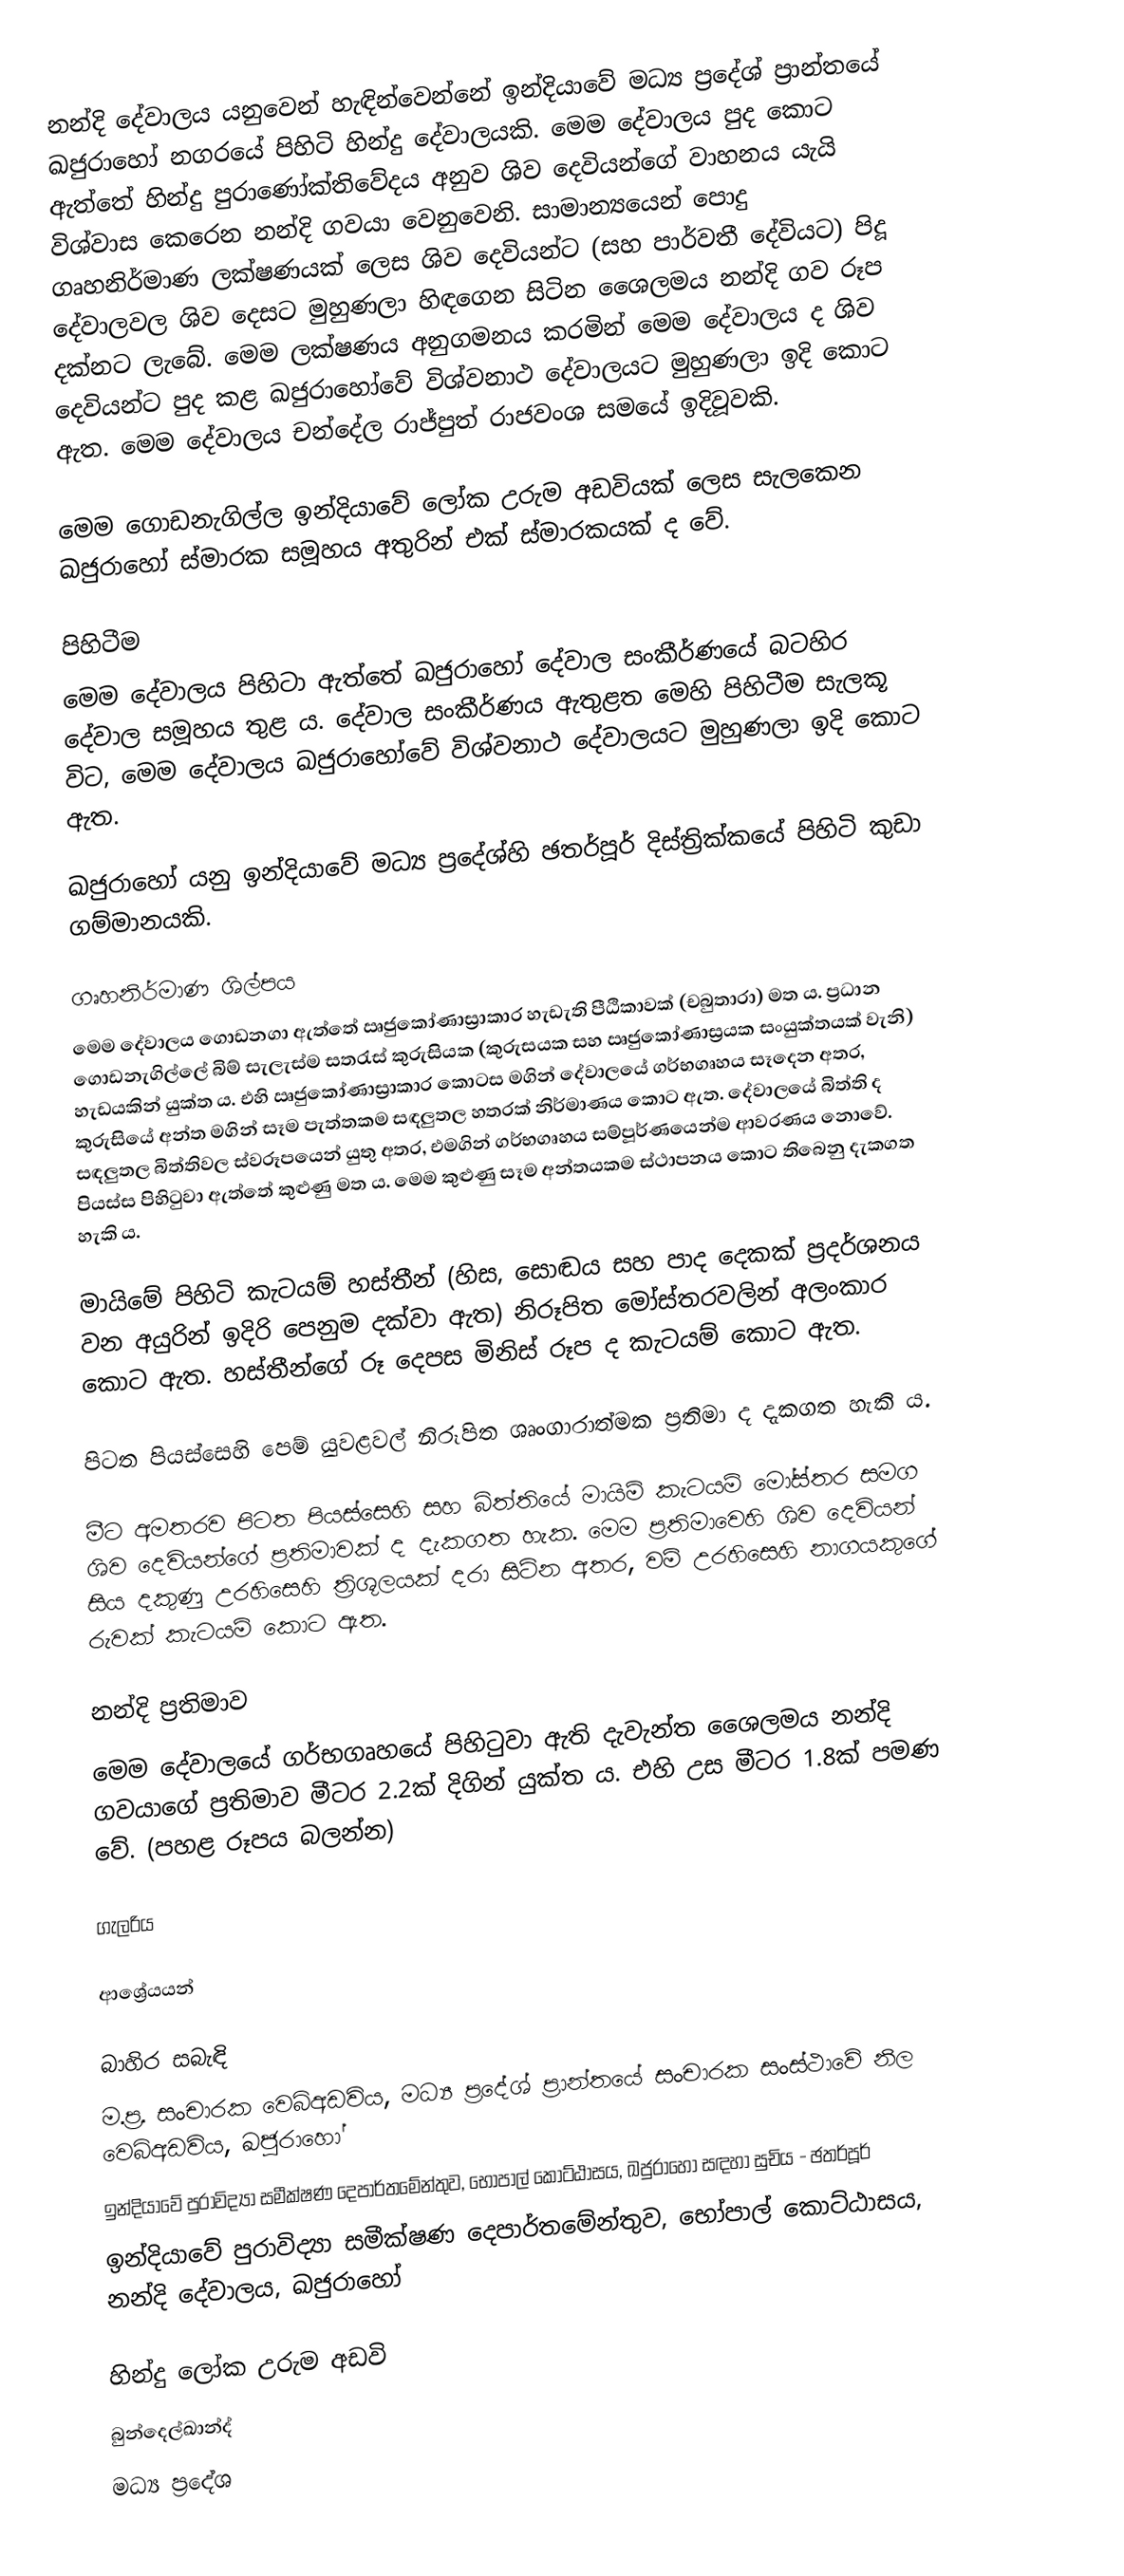
නන්දි දේවාලය යනුවෙන් හැඳින්වෙන්නේ ඉන්දියාවේ මධ්‍ය ප්‍රදේශ් ප්‍රාන්තයේ ඛජුරාහෝ නගරයේ පිහිටි හින්දු දේවාලයකි. මෙම දේවාලය පුද කොට ඇත්තේ හින්දු පුරාණෝක්තිවේදය අනුව ශිව දෙවියන්ගේ වාහනය යැයි විශ්වාස කෙරෙන නන්දි ගවයා වෙනුවෙනි. සාමාන්‍යයෙන් පොදු ගෘහනිර්මාණ ලක්ෂණයක් ලෙස ශිව දෙවියන්ට (සහ පාර්වතී දේවියට) පිදූ දේවාලවල ශිව දෙසට මුහුණලා හිඳගෙන සිටින ශෛලමය නන්දි ගව රූප දක්නට ලැබේ. මෙම ලක්ෂණය අනුගමනය කරමින් මෙම දේවාලය ද ශිව දෙවියන්ට පුද කළ ඛජුරාහෝවේ විශ්වනාථ දේවාලයට මුහුණලා ඉදි කොට ඇත. මෙම දේවාලය චන්දේල රාජ්පුත් රාජවංශ සමයේ ඉදිවූවකි.

මෙම ගොඩනැගිල්ල ඉන්දියාවේ ලෝක උරුම අඩවියක් ලෙස සැලකෙන ඛජුරාහෝ ස්මාරක සමූහය අතුරින් එක් ස්මාරකයක් ද වේ.

පිහිටීම
මෙම දේවාල‍ය පිහිටා ඇත්තේ ඛජුරාහෝ දේවාල සංකීර්ණයේ බටහිර දේවාල සමූහය තුළ ය. දේවාල සංකීර්ණය ඇතුළත මෙහි පිහිටීම සැලකූ විට, මෙම දේවාලය ඛජුරාහෝවේ විශ්වනාථ දේවාලයට මුහුණලා ඉදි කොට ඇත.

ඛජුරාහෝ යනු ඉන්දියාවේ මධ්‍ය ප්‍රදේශ්හි ඡතර්පූර් දිස්ත්‍රික්කයේ පිහිටි කුඩා ගම්මානයකි.

ගෘහනිර්මාණ ශිල්පය
මෙම දේවාලය ගොඩනගා ඇත්තේ ඍජුකෝණාස්‍රාකාර හැඩැති පීඨිකාවක් (චබුතාරා) මත ය. ප්‍රධාන ගොඩනැගිල්ලේ බිම් සැලැස්ම සතරැස් කුරුසියක (කුරුසයක සහ ඍජුකෝණාස්‍රයක සංයුක්තයක් වැනි) හැඩයකින් යුක්ත ය. එහි ඍජුකෝණාස්‍රාකාර කොටස මගින් දේවාලයේ ගර්භගෘහය සෑදෙන අතර, කුරුසියේ අන්ත‍ මගින් සෑම පැත්තකම සඳලුතල හතරක් නිර්මාණය කොට ඇත. ‍දේවාලයේ බිත්ති ද සඳලුතල බිත්තිවල ස්වරූපයෙන් යුතු අතර, එමගින් ගර්භගෘහය සම්පූර්ණයෙන්ම ආවරණය නොවේ. පියස්ස පිහිටුවා ඇත්තේ කුළුණු මත ය. මෙම කුළුණු සෑම අන්තයකම ස්ථාපනය කොට තිබෙනු දැකගත හැකි ය.

මායිමේ පිහිටි කැටයම් හස්තීන් (හිස, සොඬය සහ පාද දෙකක් ප්‍රදර්ශනය වන අයුරින් ඉදිරි පෙනුම දක්වා ඇත) නිරූපිත මෝස්තරවලින් අලංකාර කොට ඇත. හස්තීන්ගේ රූ දෙපස මිනිස් රූප ද කැටයම් කොට ඇත.

පිටත පියස්සෙහි පෙම් යුවළවල් නිරූපිත ශෘංගාරාත්මක ප්‍රතිමා ද දැකගත හැකි ය.

මීට අමතරව පිටත පියස්සෙහි සහ බිත්තියේ මායිම් කැටයම් මෝස්තර සමග ශිව දෙවියන්ගේ ප්‍රතිමාවක් ද දැකගත හැක. මෙම ප්‍රතිමාවෙහි ශිව දෙවියන් සිය දකුණු උරහිසෙහි ත්‍රිශූලයක් දරා සිටින අතර, වම් උරහිසෙහි නාගයකුගේ රුවක් කැටයම් කොට ඇත.

නන්දි ප්‍රතිමාව
මෙම දේවාලයේ ගර්භගෘහයේ පිහිටුවා ඇති දැවැන්ත ශෛලමය නන්දි ගවයාගේ ප්‍රතිමාව මීටර 2.2ක් දිගින් යුක්ත ය. එහි උස මීටර 1.8ක් පමණ වේ. (පහළ රූපය බලන්න)

ගැලරිය

ආශ්‍රේයයන්

බාහිර සබැඳි
 ම.ප්‍ර. සංචාරක වෙබ්අඩවිය, මධ්‍ය ප්‍රදේශ් ප්‍රාන්තයේ සංචාරක සංස්ථාවේ නිල වෙබ්අඩවිය, ඛජුරාහෝ
 ඉන්දියාවේ පුරාවිද්‍යා සමීක්ෂණ දෙපාර්තමේන්තුව, භෝපාල් කොට්ඨාසය, ඛජුරාහෝ සඳහා සුචිය - ඡතර්පූර්
 ඉන්දියාවේ පුරාවිද්‍යා සමීක්ෂණ දෙපාර්තමේන්තුව, භෝපාල් කොට්ඨාසය, නන්දි දේවාලය, ඛජුරාහෝ

හින්දු ලෝක උරුම අඩවි
බුන්දෙල්ඛාන්ද්
මධ්‍ය ප්‍රදේශ